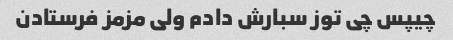
چیپس چی توز سبارش دادم ولی مزمز فرستادن